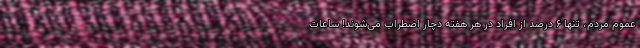
عموم مردم، تنها ۶ درصد از افراد در هر هفته دچار اضطراب می‌شوند! ساعات